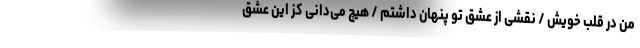
من در قلب خویش / نقشی از عشق تو پنهان داشتم / هیچ می‌دانی کز این عشق